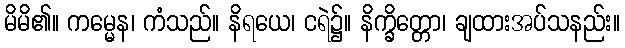
မိမိ၏။ ကမ္မေန၊ ကံသည်။ နိရယေ၊ ငရဲ၌။ နိက္ခိတ္တော၊ ချထားအပ်သနည်း။